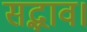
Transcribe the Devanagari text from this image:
सद्भाव।